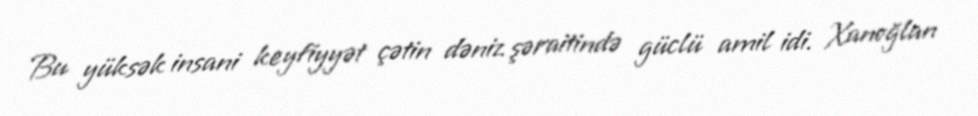
Bu yüksək insani keyfiyyət çətin dəniz şəraitində güclü amil idi. Xanoğlan